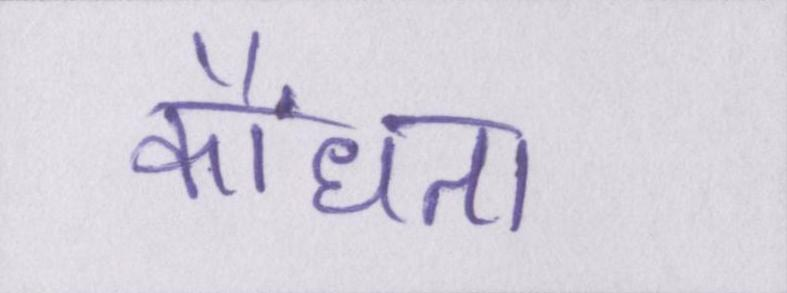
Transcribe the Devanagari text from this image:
कौंधता